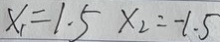
x _ { 1 } = 1 . 5 x _ { 2 } = - 1 . 5